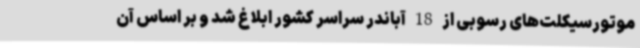
موتورسیکلت‌های رسوبی از 18 آباندر سراسر کشور ابلاغ شد و بر اساس آن